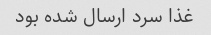
غذا سرد ارسال شده بود